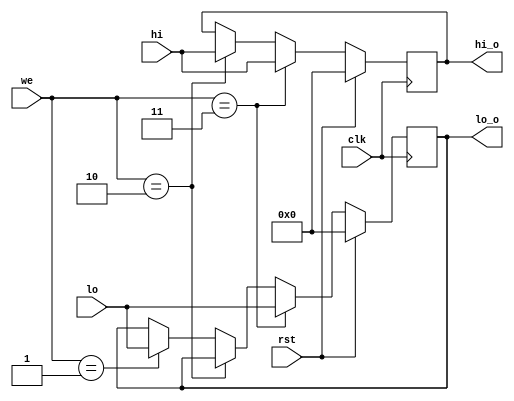
`timescale 1ns / 1ps
//////////////////////////////////////////////////////////////////////////////////
// Company: 
// Engineer: 
// 
// Design Name: 
// Module Name: hilo_reg
// Project Name: 
// Target Devices: 
// Tool Versions: 
// Description: 
// 
// Dependencies: 
// 
// Revision:
// Revision 0.01 - File Created
// Additional Comments:
// 
//////////////////////////////////////////////////////////////////////////////////

module hilo_reg(
	input wire clk,rst,
	input wire[1:0]we,
	input wire[31:0] hi,lo,
	output reg[31:0] hi_o,lo_o
    );
	
	always @(negedge clk) begin
		if(rst) begin
			hi_o <= 0;
			lo_o <= 0;
		end else if (we==2'b11) begin
			hi_o <= hi;
			lo_o <= lo;
		end else if (we==2'b10) begin
		    hi_o <= hi;
		end else if(we==2'b01) begin
		    lo_o <= lo;
		end
	end
endmodule